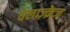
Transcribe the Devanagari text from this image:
वेलाज़्क़ेज़